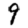
Digit: 9